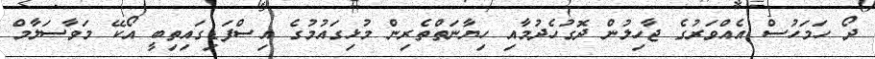
ދޯ ހަމަހުސް އެއްވަރުގެ ޖާހިލުން ދޮގުހެދުމާއި ހިޔާނަތްތެރިން މުޅިގައުމުގެ އިސްފަޑިގައިތިބީ އޯކޭ މަވާސަލާމް